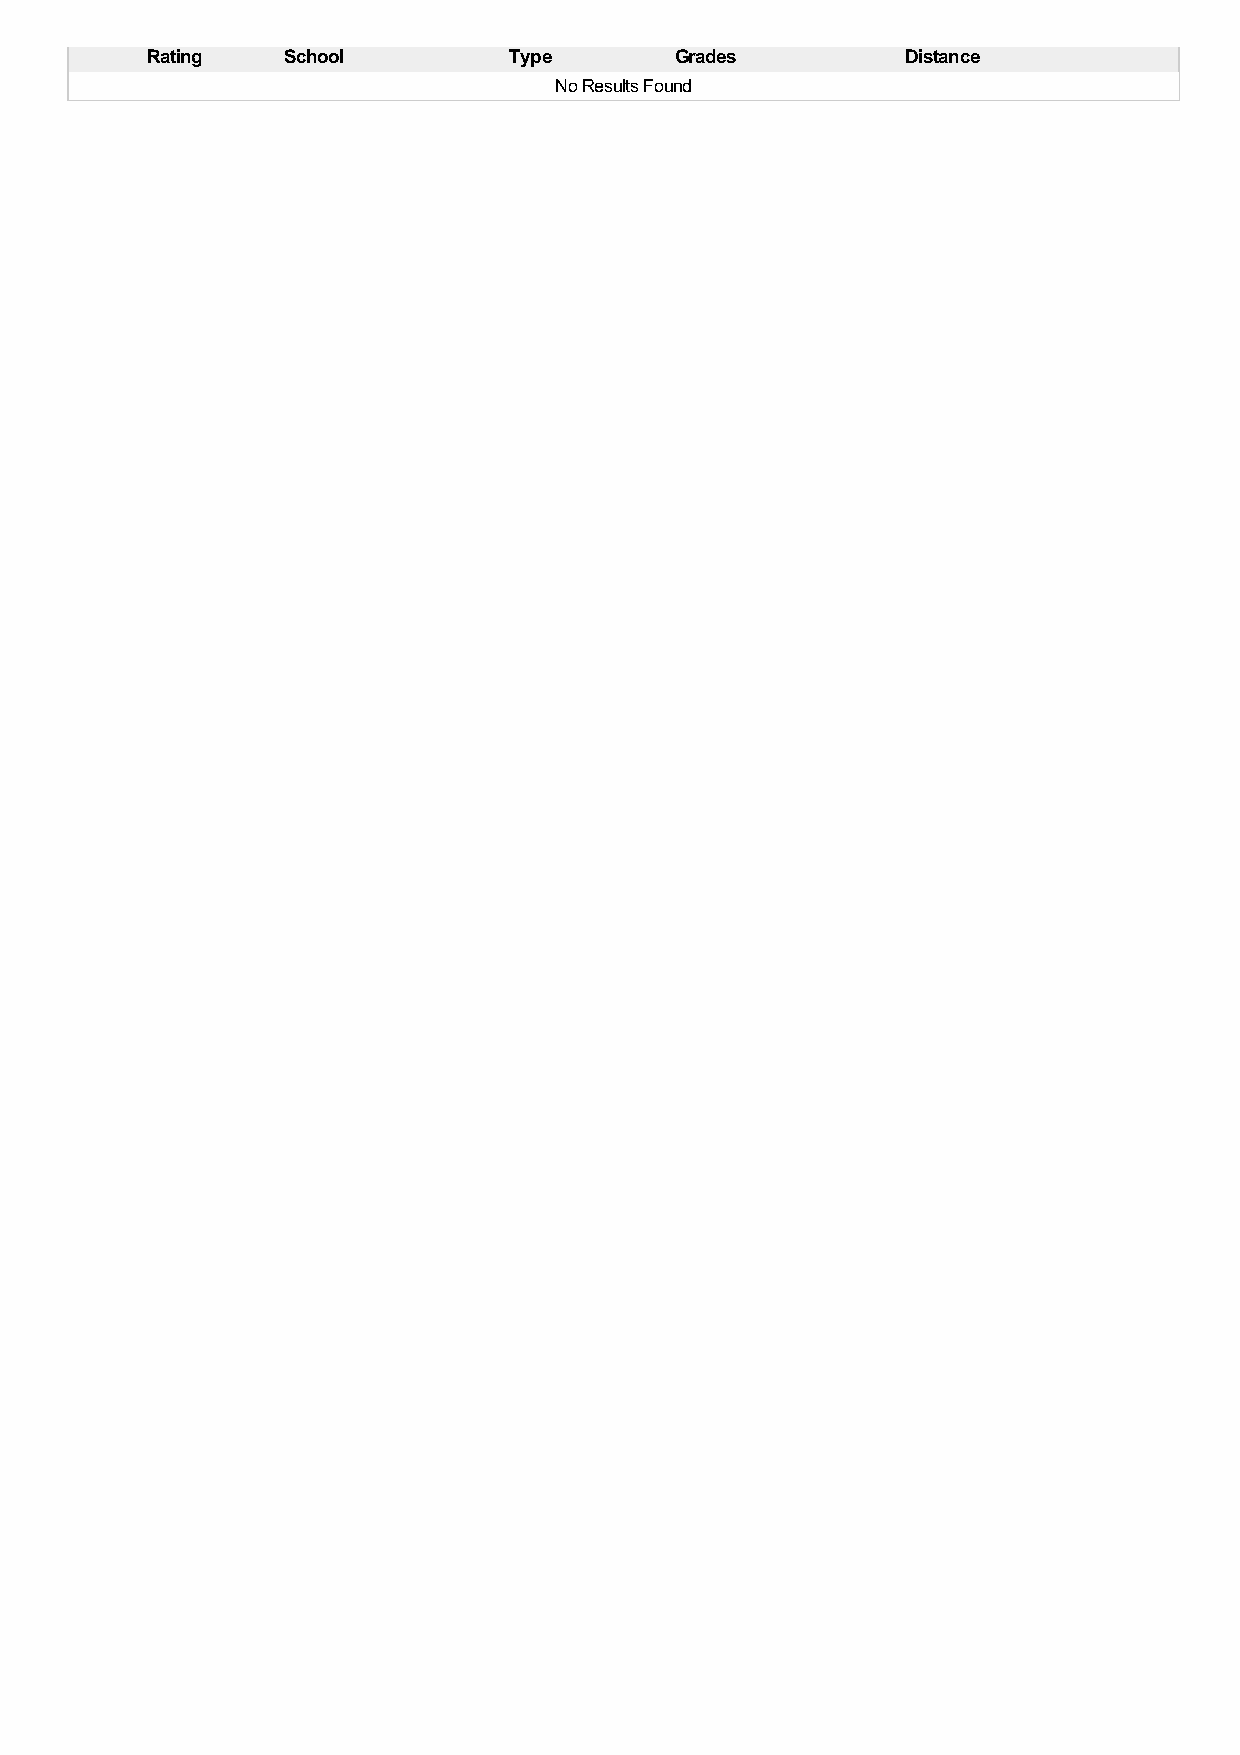
Rating   School         Type       Grades         Distance
 No Results Found